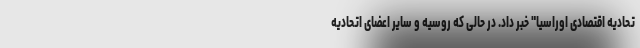
تحادیه اقتصادی اوراسیا" خبر داد. در حالی که روسیه و سایر اعضای اتحادیه